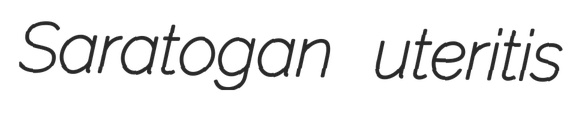
Saratogan uteritis